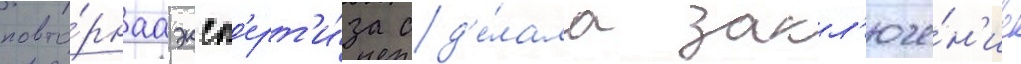
повто́рнаа эксп'ерт'и́за сд'е́лала закл'юче́н'ие